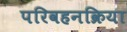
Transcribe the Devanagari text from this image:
परिवहनक्रिया